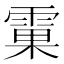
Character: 𲉼